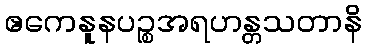
ဧကေနူနပဉ္စအရဟန္တသတာနိ